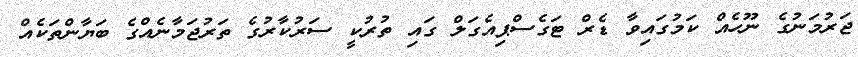
ޖަރުމަނުގެ ނޫހެއް ކަމުގައިވާ ޑެރް ޓަގެސްޕިއެގަލް ގައި ތުރުކީ ސަރުކާރުގެ ތަރުޖަމާނެއްގެ ބަޔާންތަކެއް